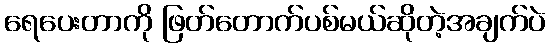
ရေပေးတာကို ဖြတ်တောက်ပစ်မယ်ဆိုတဲ့အချက်ပဲ